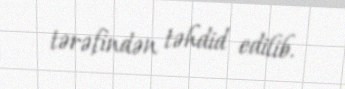
tərəfindən təhdid edilib.